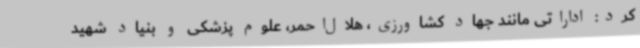
کرد: اداراتی مانند جهاد کشاورزی، هلال‌احمر، علوم پزشکی و بنیاد شهید